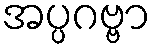
အပ္ပဂဗ္ဗာ